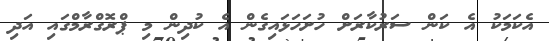
އެކަމަކު އެ ކަން ސަރުކާރަށް ހުށަހަޅައިގެން އެ ކުދިން މި ޕްރޮގްރާމްގައި އަދި